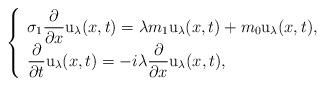
LaTeX: \begin{align*} \left\{ \begin{array}{ll}\sigma_1 \dfrac{\partial}{\partial x} \mathrm u_\lambda(x,t) = \lambda m_1 \mathrm u_\lambda(x,t) + m_0 \mathrm u_\lambda(x,t), \\\dfrac{\partial}{\partial t} \mathrm u_\lambda(x,t) = -i\lambda \dfrac{\partial}{\partial x} \mathrm u_\lambda(x,t),\end{array} \right. \end{align*}